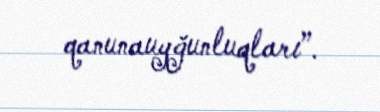
qanunauyğunluqları”.